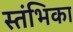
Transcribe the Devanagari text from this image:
स्तंभिका